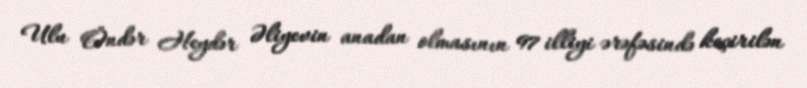
Ulu Öndər Heydər Əliyevin anadan olmasının 97 illiyi ərəfəsində keçirilən